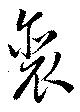
裵